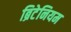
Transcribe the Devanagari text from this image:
ब्रिटेनियम